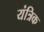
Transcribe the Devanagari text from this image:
यंत्रिक